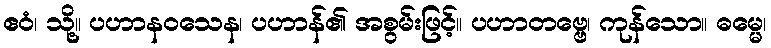
ဧဝံ၊ သို့။ ပဟာနဝသေန၊ ပဟာန်၏ အစွမ်းဖြင့်။ ပဟာတဗ္ဗေ၊ ကုန်သော။ ဓမ္မေ၊